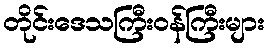
တိုင်းဒေသကြီးဝန်ကြီးများ